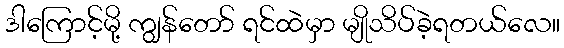
ဒါကြောင့်မို့ ကျွန်တော် ရင်ထဲမှာ မျိုသိပ်ခဲ့ရတယ်လေ။